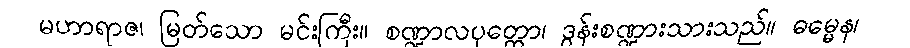
မဟာရာဇ၊ မြတ်သော မင်းကြီး။ စဏ္ဍာလပုတ္တော၊ ဒွန်းစဏ္ဍားသားသည်။ ဓမ္မေန၊